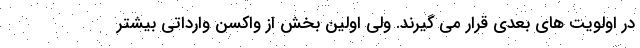
در اولویت های بعدی قرار می گیرند. ولی اولین بخش از واکسن وارداتی بیشتر